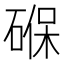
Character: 𮀮